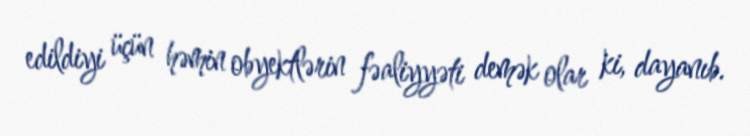
edildiyi üçün həmin obyektlərin fəaliyyəti demək olar ki, dayanıb.